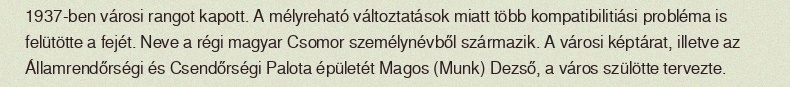
1937-ben városi rangot kapott. A mélyreható változtatások miatt több kompatibilitiási probléma is felütötte a fejét. Neve a régi magyar Csomor személynévből származik. A városi képtárat, illetve az Államrendőrségi és Csendőrségi Palota épületét Magos (Munk) Dezső, a város szülötte tervezte.